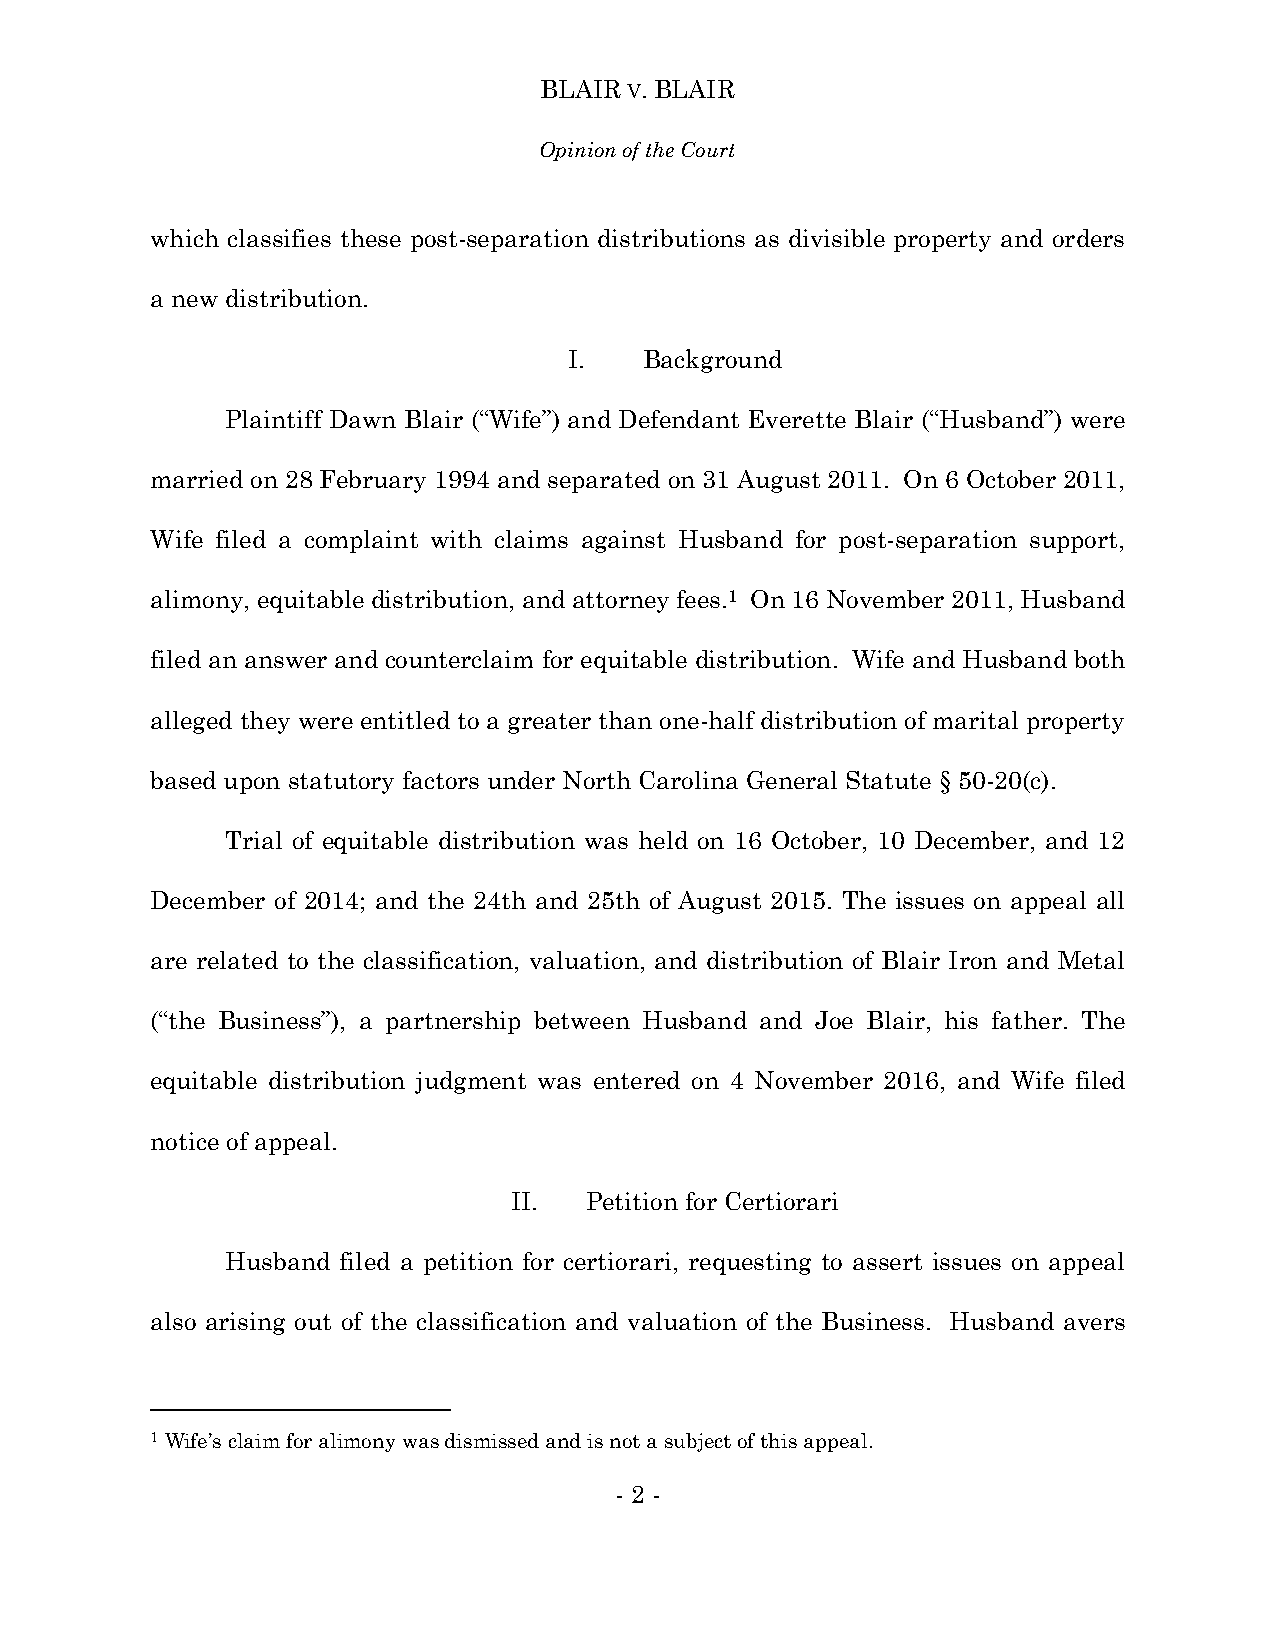
BLAIR V. BLAIR
 Opinion of the Court
 which classifies these post-separation distributions as divisible property and orders
 a new distribution.
 I.   Background
 Plaintiff Dawn Blair (“Wife”) and Defendant Everette Blair (“Husband”) were
 married on 28 February 1994 and separated on 31 August 2011. On 6 October 2011,
 Wife filed a complaint with claims against Husband for post-separation support,
 alimony, equitable distribution, and attorney fees.1 On 16 November 2011, Husband
 filed an answer and counterclaim for equitable distribution. Wife and Husband both
 alleged they were entitled to a greater than one-half distribution of marital property
 based upon statutory factors under North Carolina General Statute § 50-20(c).
 Trial of equitable distribution was held on 16 October, 10 December, and 12
 December of 2014; and the 24th and 25th of August 2015. The issues on appeal all
 are related to the classification, valuation, and distribution of Blair Iron and Metal
 (“the Business”), a partnership between Husband and Joe Blair, his father. The
 equitable distribution judgment was entered on 4 November 2016, and Wife filed
 notice of appeal.
 II.  Petition for Certiorari
 Husband filed a petition for certiorari, requesting to assert issues on appeal
 also arising out of the classification and valuation of the Business. Husband avers
 1 Wife’s claim for alimony was dismissed and is not a subject of this appeal.
 - 2 -